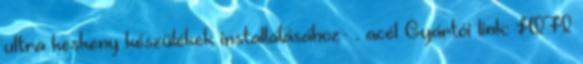
ultra keskeny készülékek installálásához- . acél Gyártói link: HIFI